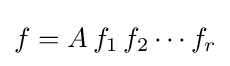
f=A\,f_{1}\,f_{2}\cdots f_{r}